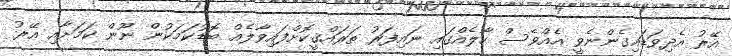
އޭރު އެދިވަޑައިގެންނެވީ އެއްވެސް ހާލެއްގައި ނައިފަރު ތަރައްޤީކޮށްފައިވާލެއް ބޮޑުކަމަކުން ނޫން ކަމަށާއި އޭރު